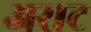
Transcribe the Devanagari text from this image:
अराट